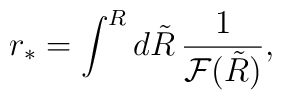
{r_*}=\int^R d\tilde{R}\,\frac{1}{{\cal F}(\tilde{R})},